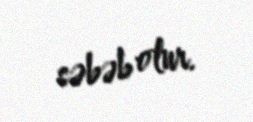
səbəb olur.